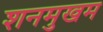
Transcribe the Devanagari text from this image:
शनमुखम